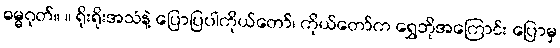
ဓမ္မဂုတ်။ ။ ရိုးရိုးအသံနဲ့ ပြောပြပါကိုယ်တော်၊ ကိုယ်တော်က ရွှေဘိုအကြောင်း ပြောမှ